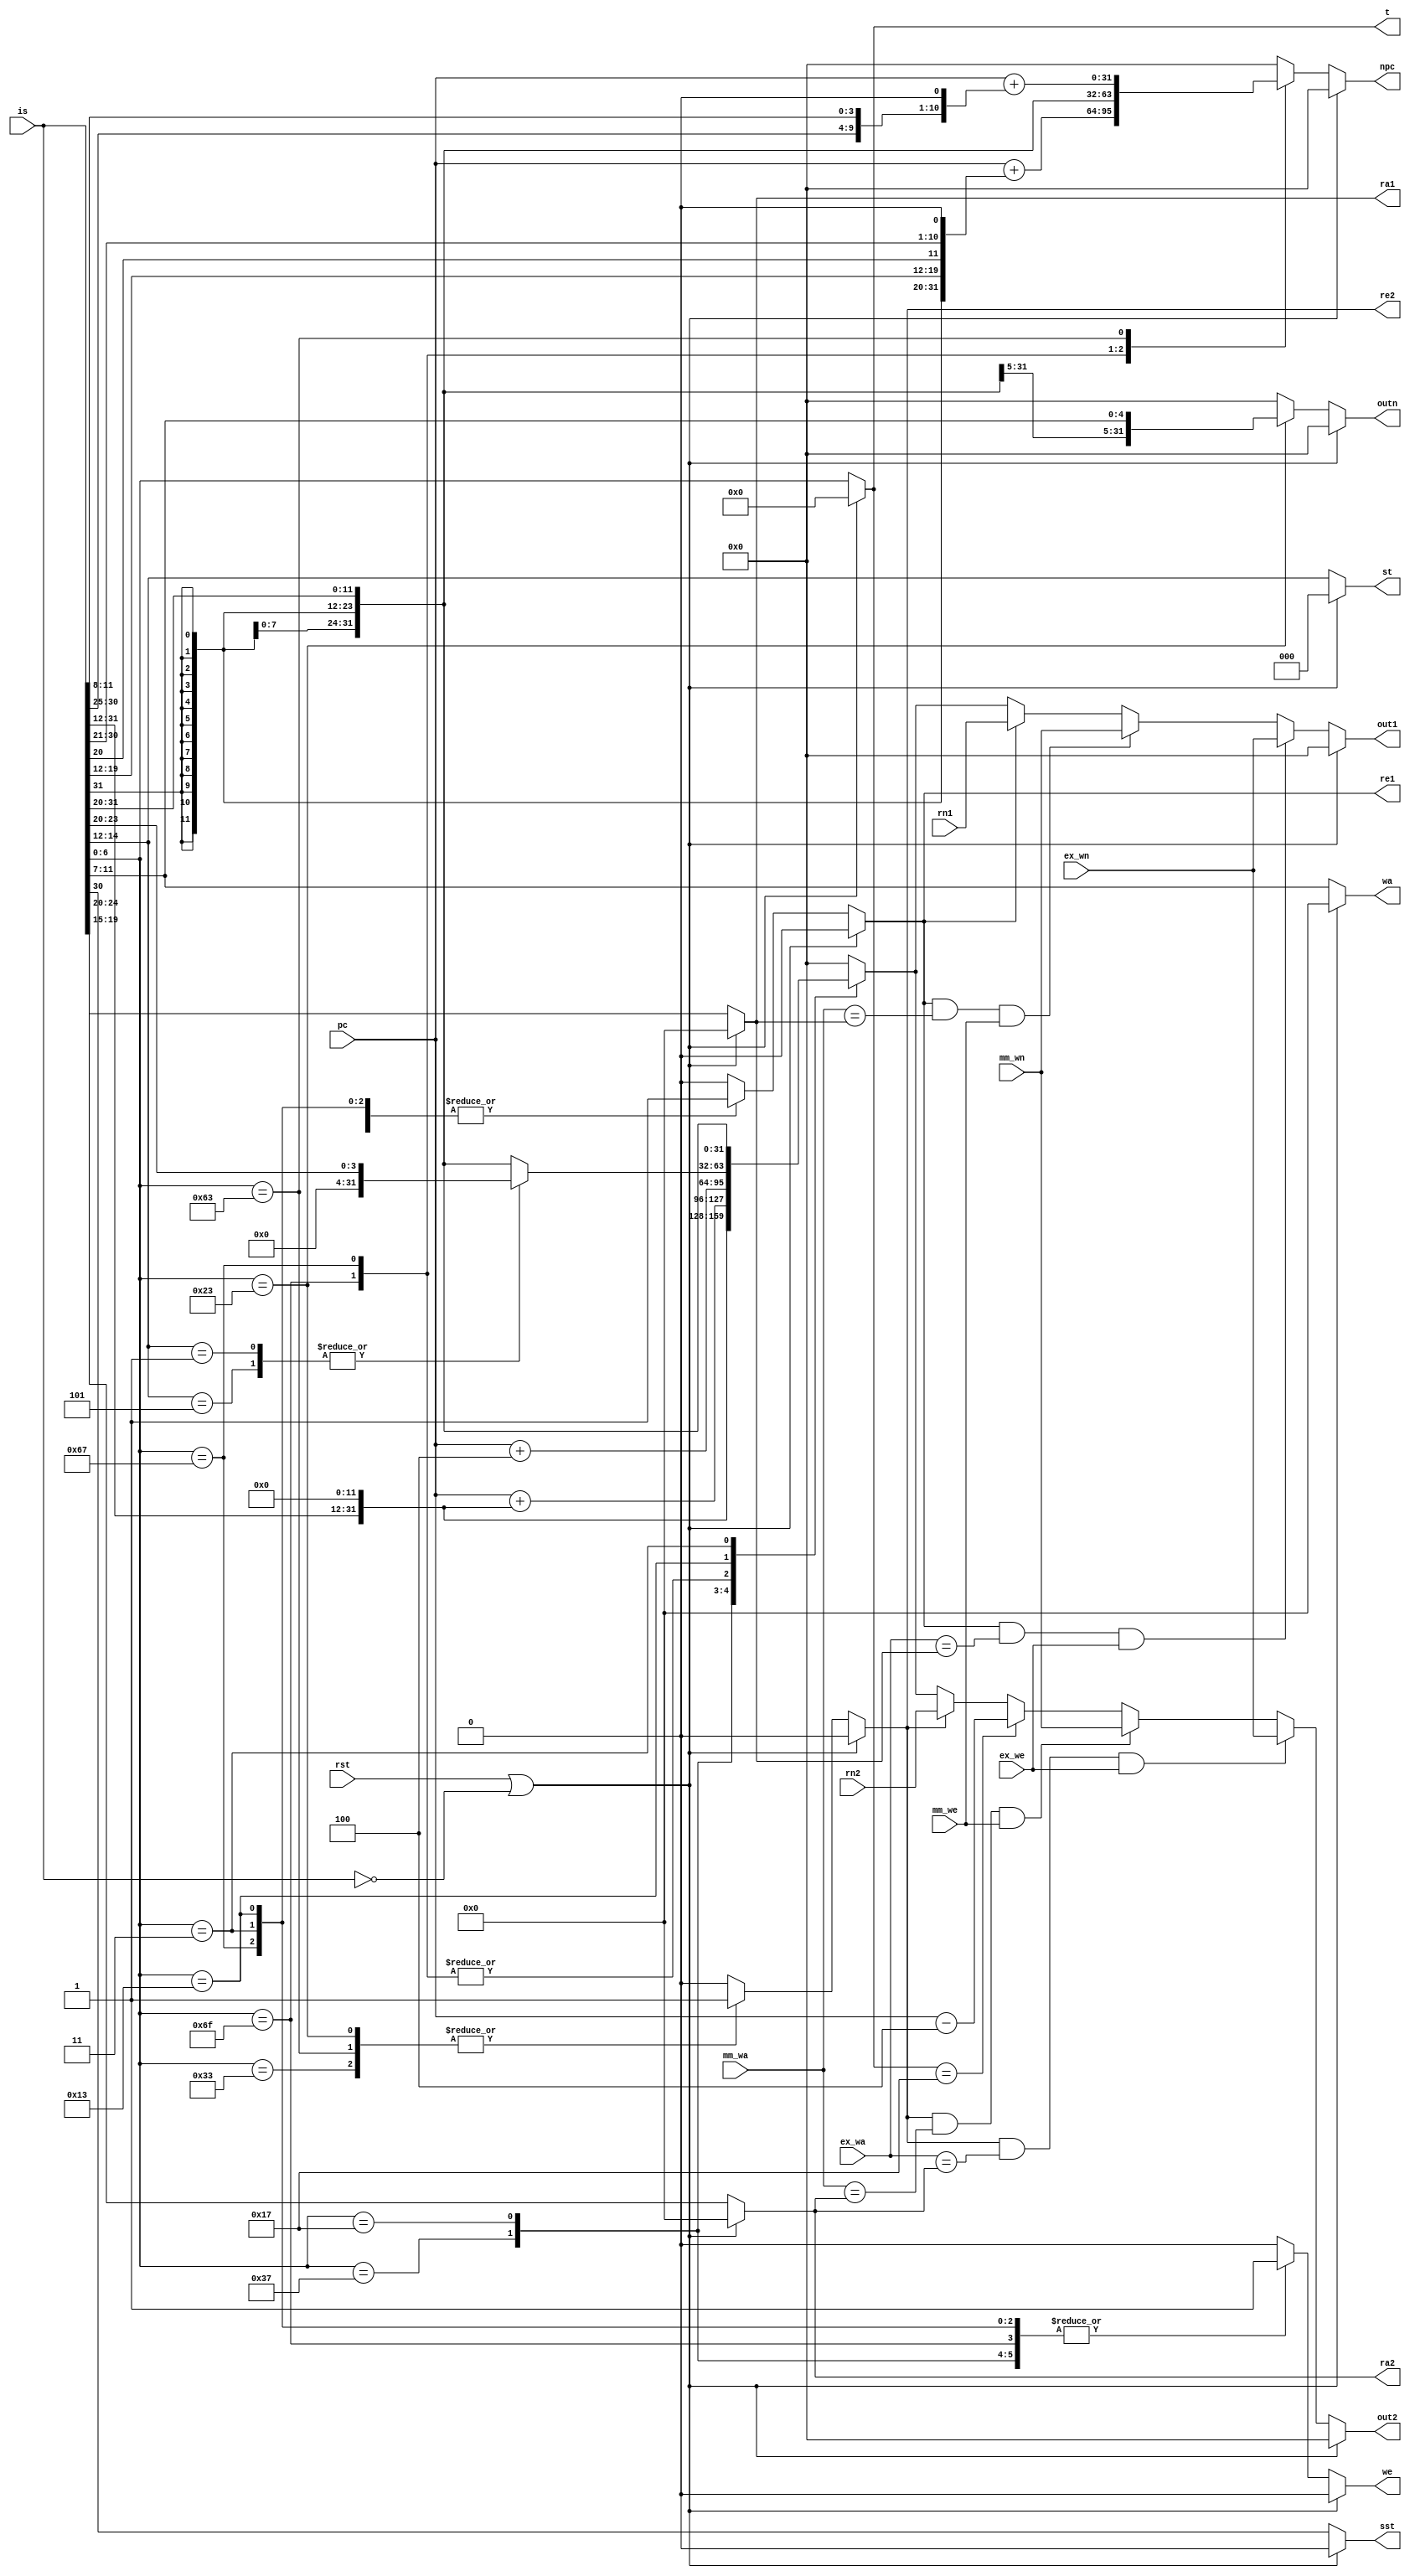
module id(
    input   wire[31:0]  pc,
    input   wire[31:0]  is,
    input   wire        rst,

    input   wire[31:0]  rn1,
    input   wire[31:0]  rn2,
    output  reg         re1,
    output  reg         re2,
    output  reg[4:0]    ra1,
    output  reg[4:0]    ra2,

    output  reg[6:0]    t,
    output  reg[2:0]    st,
    output  reg         sst,

    output  reg[31:0]   out1,
    output  reg[31:0]   out2,
    output  reg[4:0]    wa,
    output  reg         we,
    output  reg[31:0]   outn,

    input   wire[4:0]   ex_wa,
    input   wire[31:0]  ex_wn,
    input   wire        ex_we,

    input   wire[4:0]   mm_wa,
    input   wire[31:0]  mm_wn,
    input   wire        mm_we,

    // output  reg[31:0]   id_if_pc,
    // output  reg         id_if_pce,
    // output  reg[31:0]   id_if_off

    output  reg[31:0]   npc
);

    reg[31:0]   imm;

    always @ (*) begin

        if (rst == 1'b1 || is == 32'h0) begin

            re1 = 1'b0;
            re2 = 1'b0;
            ra1 = 5'h0;
            ra2 = 5'h0;
            t   = 6'h0;
            st  = 3'h0;
            sst = 1'h0;
            wa  = 5'h0;
            we  = 1'h0;
            imm = 0;
            outn    = 0;
            npc = 0;

        end else begin

            t   = is[6:0];
            st  = is[14:12];
            sst = is[30:30];

            ra1 = is[19:15];
            ra2 = is[24:20];
            wa  = is[11:7];

            // out1 = 0;
            // out2 = 0;
            // $display("id %h", is);

            imm     = 0;
            outn    = 0;
            npc = 0;

            case (t)
                7'b0110111: begin
                    we  = 1'b1;
                    re1 = 1'b0;
                    re2 = 1'b0;
                    imm = {is[31:12], 12'h0};
                end
                7'b0010111: begin
                    we  = 1'b1;
                    re1 = 1'b0;
                    re2 = 1'b0;
                    imm = pc + {is[31:12], 12'h0};
                end
                7'b0110011: begin
                    we  = 1'b1;
                    re1 = 1'b1;
                    re2 = 1'b1;
                end
                // JAL
                7'b1101111: begin
                    we  = 1'b1;
                    re1 = 1'b0;
                    re2 = 1'b0;
                    imm = pc + 4;
                    npc = pc + {{12{is[31]}}, is[19:12], is[20], is[30:21], 1'b0};
                end
                // JALR
                7'b1100111: begin
                    we  = 1'b1;
                    re1 = 1'b1;
                    re2 = 1'b0;
                    imm = pc + 4;
                    npc = {{21{is[31]}}, is[30:20]};
                end
                // BRANCH
                7'b1100011: begin
                    we  = 1'b0;
                    re1 = 1'b1;
                    re2 = 1'b1;
                    npc = pc + {{20{is[31]}}, is[7], is[30:25], is[11:8], 1'b0};
                end
                7'b0100011: begin
                    we  = 1'b0;
                    re1 = 1'b1;
                    re2 = 1'b1;
                    outn = {{21{is[31]}}, is[30:25], is[11:7]};
                end
                7'b0010011: begin
                    we  = 1'b1;
                    re1 = 1'b1;
                    re2 = 1'b0;
                    case (st)
                        3'b001, 3'b101: begin
                            imm = {28'h0, is[23:20]};
                        end
                        default: begin
                            imm = {{21{is[31]}}, is[30:20]};
                        end
                    endcase
                end
                7'b0000011: begin
                    we  = 1'b1;
                    re1 = 1'b1;
                    re2 = 1'b0;
                    imm = {{21{is[31]}}, is[30:20]};
                end
                default: begin
                    we  = 1'b0;
                    re1 = 1'b0;
                    re2 = 1'b0;
                    imm = 32'h0;
                end
            endcase
        end
    end

    // always @ (out1) begin
    //     if (rst == 1'b1) begin
    //         id_if_off = 32'h0;
    //     end else if (t == 7'b1100111 && st == 3'h0)begin
    //         id_if_off = out1;
    //     end
    // end

    always @ (*) begin
        if (rst == 1'b1 || is == 32'h0) begin
            out1 = 32'h0;
        end else if (re1 == 1'b1 && ex_wa == ra1 && ex_we == 1'b1) begin
            out1 = ex_wn;
        end else if (re1 == 1'b1 && mm_wa == ra1 && mm_we == 1'b1) begin
            out1 = mm_wn;
        end else if (re1 == 1'b1) begin
            // $display("[%d] RA %d %d", $time, ra1, rn1);
            out1 = rn1;
        end else if (re1 == 1'b0) begin
            out1 = imm;
        end else begin
            out1 = 32'h0;
        end
    end

    always @ (*) begin
        if (rst == 1'b1 || is == 32'h0) begin
            out2 = 32'h0;
        end else if (re2 == 1'b1 && ex_wa == ra2 && ex_we == 1'b1) begin
            out2 = ex_wn;
        end else if (re2 == 1'b1 && mm_wa == ra2 && mm_we == 1'b1) begin
            out2 = mm_wn;
        end else if (t == 7'b0010111) begin
            out2 = pc - 4;
        end else if (re2 == 1'b1) begin
            out2 = rn2;
        end else if (re2 == 1'b0) begin
            out2 = imm;
        end else begin
            out2 = 32'h0;
        end
    end

endmodule